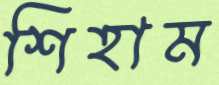
শিহাম